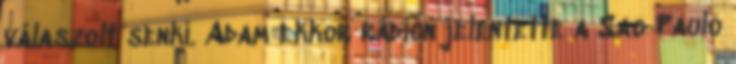
válaszolt senki. Adam ekkor rádión jelentette a Sao Paulo